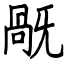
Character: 旤